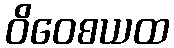
ဝိဝေစယထ